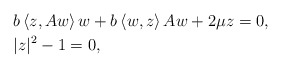
\begin{align*} &b\left\langle z,Aw\right\rangle w+b\left\langle w,z\right\rangle Aw + 2\mu z=0, \\ &|z|^2-1 = 0, \end{align*}